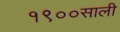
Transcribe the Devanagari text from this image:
१९००साली